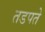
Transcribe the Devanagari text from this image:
तडपते